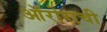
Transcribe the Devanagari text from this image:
ऑरोराची